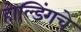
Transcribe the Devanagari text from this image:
होल्डिंगचे